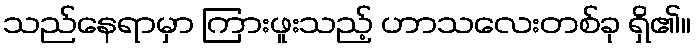
သည်နေရာမှာ ကြားဖူးသည့် ဟာသလေးတစ်ခု ရှိ၏။